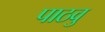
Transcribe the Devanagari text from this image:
पाठवु